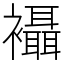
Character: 襵